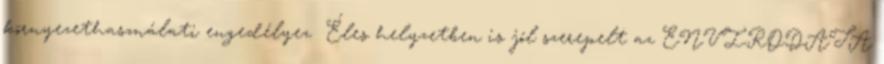
környezethasználati engedélyez� Éles helyzetben is jól szerepelt az ENVIRODATA